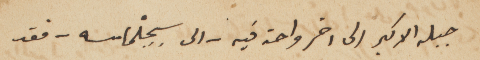
جبله الاكبر الى اخر واحة فيه – الى سِجِلْماسه – فقد